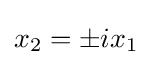
x_{2}=\pm ix_{1}